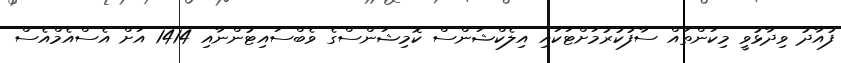
ފުއާދު ވިދާޅުވީ މިކަންތައް ސާފުކުރުމަށްޓަކައި އިލެކްޝަންސް ކޮމިޝަންސްގެ ވެބްސައިޓުންނާއި 1414 އަށް އެސްއެމްއެސް